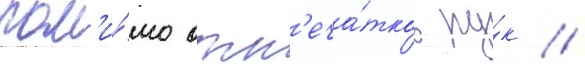
пом'и́мо отп'еча́тков ру́к /